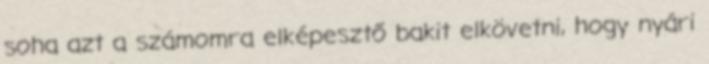
soha azt a számomra elképesztő bakit elkövetni, hogy nyári